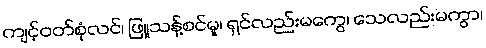
ကျင့်ဝတ်စုံလင်၊ ဖြူသန့်စင်မူ၊ ရှင်လည်းမကွေ၊ သေလည်းမကွာ၊